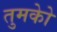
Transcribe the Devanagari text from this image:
तुमकोे